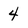
Character: 4